Lunatic asylums Madras 1877-1891 - 1877-1891
Year: 1877
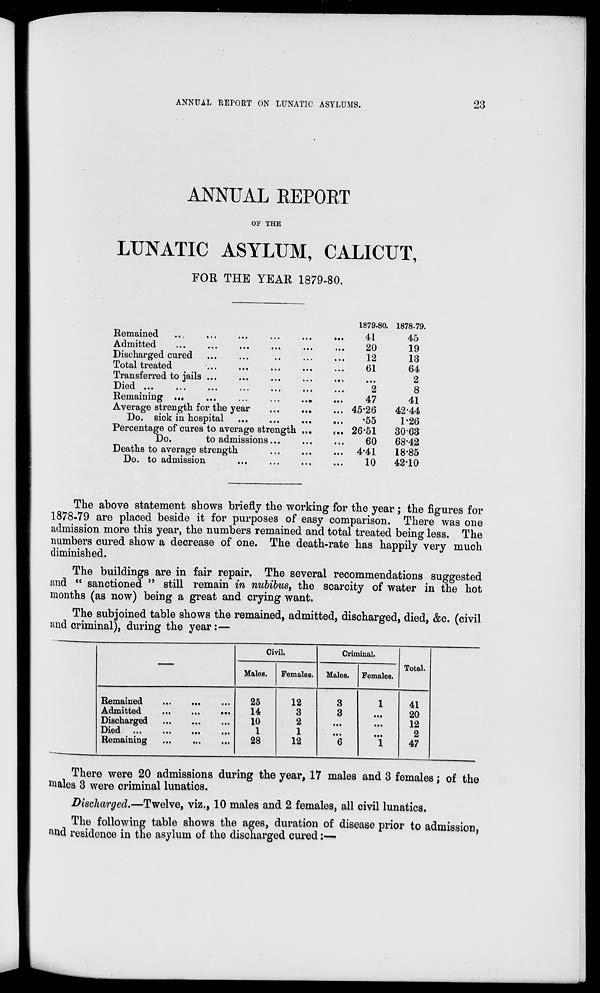
ANNUAL REPORT ON LUNATIC ASYLUMS.
23
ANNUAL REPORT
OF THE
LUNATIC ASYLUM, CALICUT,
FOR THE YEAR 1879-80.
Remained ... ... ... ... ... ...
Admitted ... ... ... ... ... ...
Discharged cured ... ... ... ... ...
Total treated ... ... ... ... ...
Transferred to jails ... ... ... ... ...
Died ... ... ... ... ... ... ...
Remaining ... ... ... ... ...
Average strength for the year ... ... ...
Do. sick in hospital ... ... ... ...
Percentage of cures to average strength ... ...
Do.
to admissions ... ... ...
Deaths to average strength ... ... ...
Do. to admission ... ... ... ...
1879-80.
41
20
12
61
...
2
47
45.26
.55
26.51
60
4.41
10
1878-79.
45
19
13
64
2
8
41
42.44
1.26
30.63
68.42
18.85
42.10
The above statement shows briefly the working for the year; the figures for
1878-79 are placed beside it for purposes of easy comparison. There was one
admission more this year, the numbers remained and total treated being less. The
numbers cured show a decrease of one. The death-rate has happily very much
diminished.
The buildings are in fair repair. The several recommendations suggested
and "sanctioned" still remain in nubibus, the scarcity of water in the hot
months (as now) being a great and crying want.
The subjoined table shows the remained, admitted, discharged, died, &c. (civil
and criminal), during the year:—
—
Remained ... ... ...
Admitted ... ... ...
Discharged ... ... ...
Died ... ... ... ...
Remaining ... ... ...
Civil.
Males.
25
14
10
1
28
Females.
12
3
2
1
12
Criminal.
Males.
3
3
...
...
6
Females.
1
...
...
...
1
Total.
41
20
12
2
47
There were 20 admissions during the year, 17 males and 3 females; of the
males 3 were criminal lunatics.
Discharged.—Twelve, viz., 10 males and 2 females, all civil lunatics.
The following table shows the ages, duration of disease prior to admission,
and residence in the asylum of the discharged cured:—